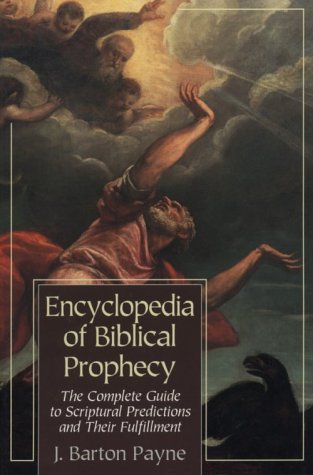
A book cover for Encyclopedia of Biblical Prophecy: The Complete Guide to Scriptural Predictions and Their Fulfilment; J. Barton Payne; Christian Books & Bibles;